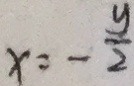
x = - \frac { y } { 2 }